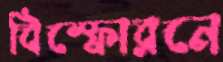
বিস্ফোরনে